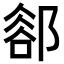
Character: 𨜪